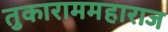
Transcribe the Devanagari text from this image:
तुकाराममहाराज